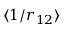
\langle 1 / r _ { 1 2 } \rangle